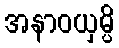
အနာဝယှမ္ပိ